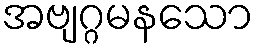
အဗျဂ္ဂမနသော